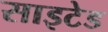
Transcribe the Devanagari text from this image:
साइटेड